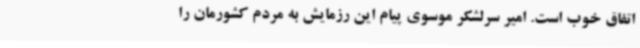
اتفاق خوب است. امیر سرلشکر موسوی پیام این رزمایش به مردم کشورمان را